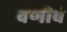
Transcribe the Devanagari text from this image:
वणीचे